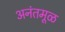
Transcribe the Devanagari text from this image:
अनंतमूळ